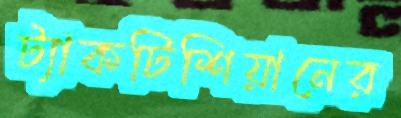
ট্যাকটিশিয়ানের